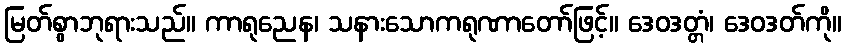
မြတ်စွာဘုရားသည်။ ကာရုညေန၊ သနားသောကရုဏာတော်ဖြင့်။ ဒေဝဒတ္တံ၊ ဒေဝဒတ်ကို။